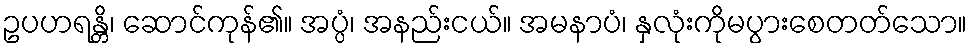
ဥပဟရန္တိ၊ ဆောင်ကုန်၏။ အပ္ပံ၊ အနည်းငယ်။ အမနာပံ၊ နှလုံးကိုမပွားစေတတ်သော။